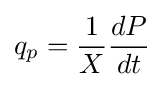
q_{p}={\frac {1}{X}}{\frac {dP}{dt}}